Lunatic asylums Central Provinces reports 1910-1926 - 1910-1926
Year: 1910
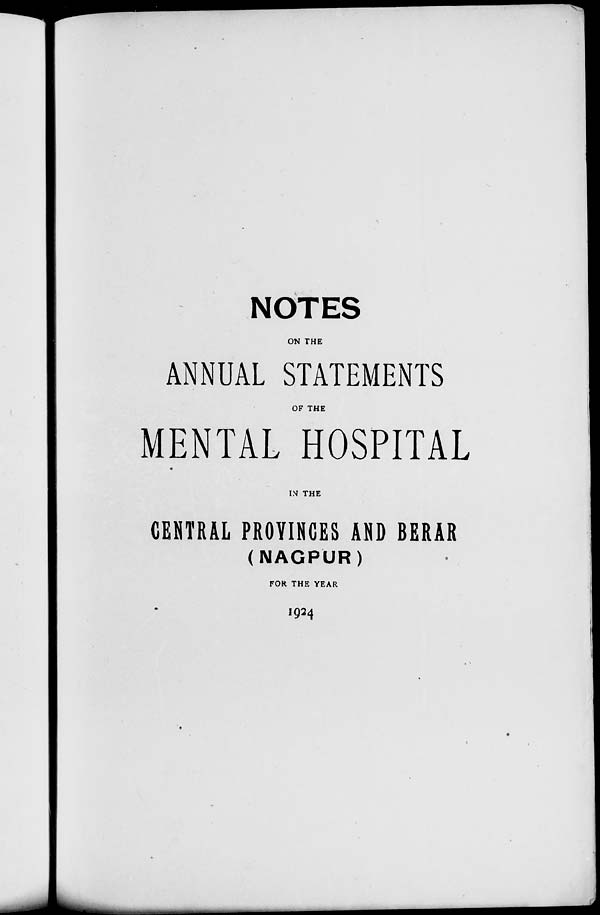
NOTES
ON THE
ANNUAL STATEMENTS
OF THE
MENTAL HOSPITAL
IN THE
CENTRAL PROVINCES AND BERAR
(NAGPUR)
FOR THE YEAR
1924